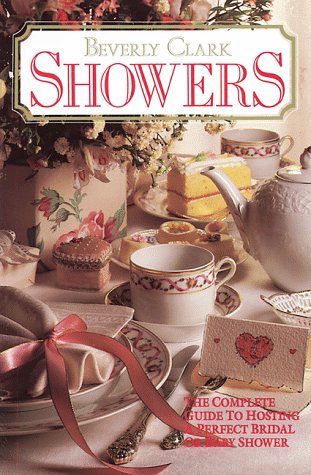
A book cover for Showers: The Complete Guide to Hosting a Perfect Bridal or Baby Shower; Beverly Clark; Crafts, Hobbies & Home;